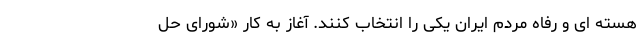
هسته ای و رفاه مردم ایران یکی را انتخاب کنند. آغاز به کار «شورای حل